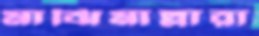
মাঝিমাল্লারা